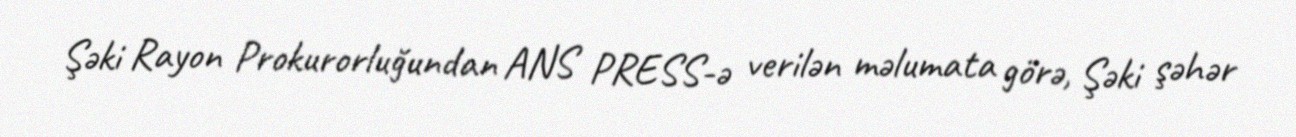
Şəki Rayon Prokurorluğundan ANS PRESS-ə verilən məlumata görə, Şəki şəhər